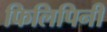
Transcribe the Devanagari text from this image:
फिलिपिनी